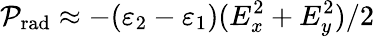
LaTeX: \mathcal{P}_{\mathrm{rad}}\approx-(\varepsilon_{2}-\varepsilon_{1})(E_{x}^{2}+E_{y}^{2})/2